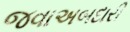
જવાઅબદારી